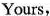
Yours,